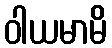
ဝါယမာမိ